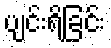
ပျင်းရိခြင်း